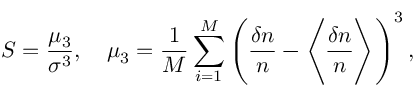
S = \frac { \mu _ { 3 } } { \sigma ^ { 3 } } , \quad \mu _ { 3 } = \frac { 1 } { M } \sum _ { i = 1 } ^ { M } \left( \frac { \delta n } { n } - \Biggl \langle \frac { \delta n } { n } \Biggr \rangle \right) ^ { 3 } ,